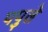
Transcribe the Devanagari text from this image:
पपुले